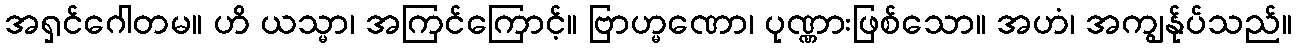
အရှင်ဂေါတမ။ ဟိ ယသ္မာ၊ အကြင်ကြောင့်။ ဗြာဟ္မဏော၊ ပုဏ္ဏားဖြစ်သော။ အဟံ၊ အကျွန်ုပ်သည်။